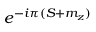
e ^ { - i \pi ( S + m _ { z } ) }